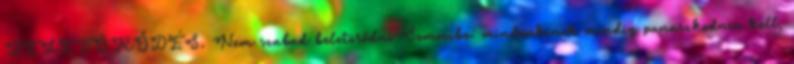
BELETÖRŐDÉS. Nem szabad beletörődni Semmibe: mindenkinek mindig panaszkodnia kell,